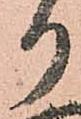
り